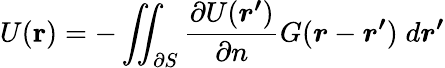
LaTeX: U(\mathbf{r})=-\iint_{\partial S}\frac{\partial U(\boldsymbol{r^{\prime}})}{\partial n}G(\boldsymbol{r}-\boldsymbol{r^{\prime}})\; d\boldsymbol{r^{\prime}}